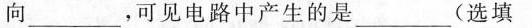
向___，可见电路中产生的是___(选填